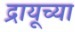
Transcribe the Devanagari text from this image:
द्रायूच्या